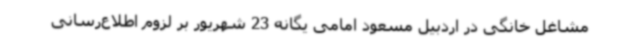
مشاغل خانگی در اردبیل مسعود امامی یگانه 23 شهریور بر لزوم اطلاع‌رسانی